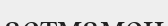
астмамен